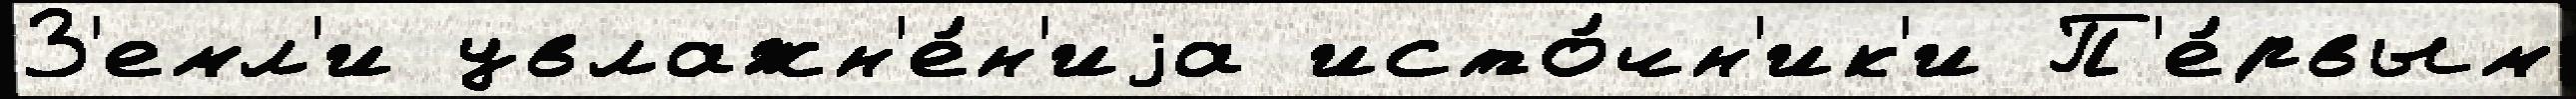
З'емл'и увлажн'е́н'иjа исто́чн'ик'и П'е́рвым